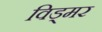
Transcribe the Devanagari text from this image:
विड्मर